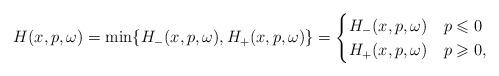
LaTeX: \begin{align*} H(x,p,\omega)=\min\{H_-(x,p,\omega),H_+(x,p,\omega)\}=\begin{cases} H_-(x,p,\omega)& p\leqslant 0 \\H_+(x,p,\omega)& p\geqslant 0,\end{cases}\end{align*}